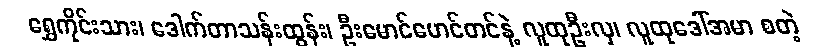
ရွှေကိုင်းသား၊ ဒေါက်တာသန်းထွန်း၊ ဦးမောင်မောင်တင်နဲ့ လူထုဦးလှ၊ လူထုဒေါ်အမာ စတဲ့